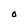
Character: O